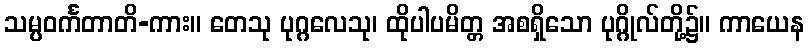
သမ္ပဝင်္ကတာတိ-ကား။ တေသု ပုဂ္ဂလေသု၊ ထိုပါပမိတ္တ အစရှိသော ပုဂ္ဂိုလ်တို့၌။ ကာယေန